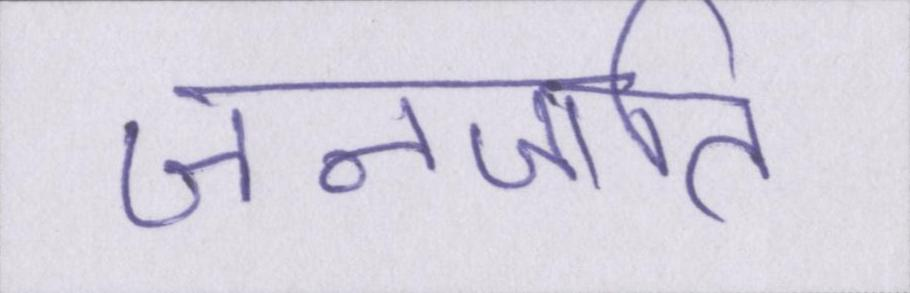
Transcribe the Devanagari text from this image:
जनजाति